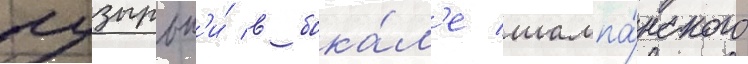
пузырьк'и́ в бока́л'е шампа́нского